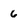
Character: 6